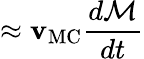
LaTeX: \approx\mathbf{v}_{\mathrm{{MC}}}\frac{{d\mathcal{{M}}}}{{dt}}